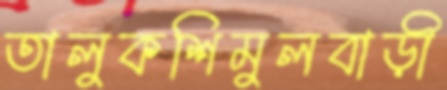
তালুকশিমুলবাড়ী